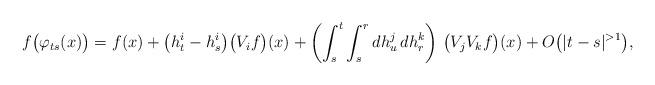
LaTeX: \begin{align*}f\big(\varphi_{ts}(x)\big) = f(x) + \big(h^i_t-h^i_s\big)\big(V_if\big)(x) + \left(\int_s^t\int_s^r dh^j_u\,dh^k_r\right)\,\big(V_jV_kf\big)(x) + O\big(|t-s|^{>1}\big),\end{align*}